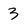
Character: 3